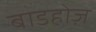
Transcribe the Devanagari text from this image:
बाडहोज़